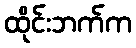
ထိုင်းဘက်က